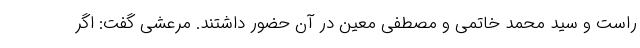
راست و سید محمد خاتمی و مصطفی معین در آن حضور داشتند. مرعشی گفت: اگر